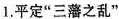
1.平定”三藩之乱”